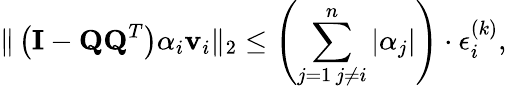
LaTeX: \| \left(\mathbf{I}-\mathbf{QQ}^{T}\right)\alpha_{i}\mathbf{v}_{i}\| _{2}\leq\left(\sum_{\substack{j=1\, j\neq i}}^{n}\vert\alpha_{j}\vert\right)\cdot\epsilon_{i}^{(k)},